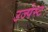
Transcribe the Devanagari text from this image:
उज्पेस्ट